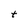
Character: t